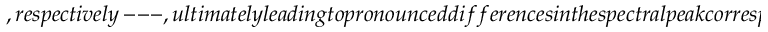
, r e s p e c t i v e l y ~ --- , u l t i m a t e l y l e a d i n g t o p r o n o u n c e d d i f f e r e n c e s i n t h e s p e c t r a l p e a k c o r r e s p o n d i n g t o t h e d i p o l a r (